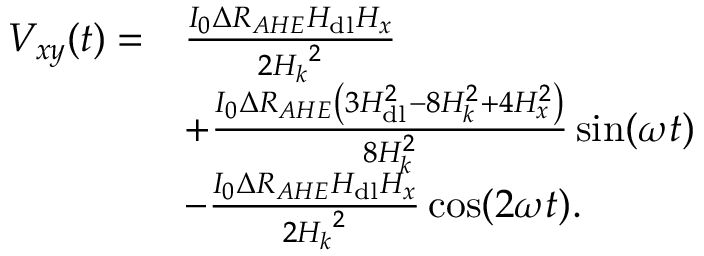
\begin{array} { r l } { V _ { x y } ( t ) = } & { \frac { I _ { 0 } \Delta R _ { A H E } H _ { \mathrm { d l } } H _ { x } } { 2 { H _ { k } } ^ { 2 } } } \\ & { + \frac { I _ { 0 } \Delta R _ { A H E } \left( 3 H _ { \mathrm { d l } } ^ { 2 } - 8 H _ { k } ^ { 2 } + 4 H _ { x } ^ { 2 } \right) } { 8 H _ { k } ^ { 2 } } \sin ( \omega t ) } \\ & { - \frac { I _ { 0 } \Delta R _ { A H E } H _ { \mathrm { d l } } H _ { x } } { 2 { H _ { k } } ^ { 2 } } \cos ( 2 \omega t ) . } \end{array}